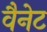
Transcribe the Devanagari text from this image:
वैनेट